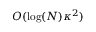
O ( \log ( N ) \kappa ^ { 2 } )